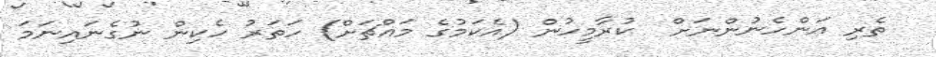
ތެރި އަންހެނުންނަށް  ކުރާމީހުން (އެކަމުގެ މައްޗަށް) ހަތަރު ހެކިން ނުގެނައިނަމަ